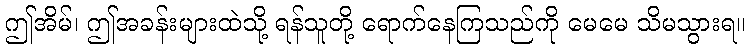
ဤအိမ်၊ ဤအခန်းများထဲသို့ ရန်သူတို့ ရောက်နေကြသည်ကို မေမေ သိမသွားရ။